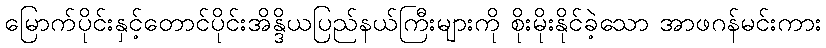
မြောက်ပိုင်းနှင့်တောင်ပိုင်းအိန္ဒိယပြည်နယ်ကြီးများကို စိုးမိုးနိုင်ခဲ့သော အာဖဂန်မင်းကား